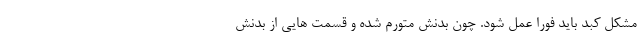
مشکل کبد باید فورا عمل شود. چون بدنش متورم شده و قسمت هایی از بدنش